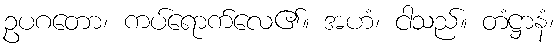
ဥပဂတော၊ ကပ်ရောက်လေ၏။ အဟံ၊ ငါသည်။ တံဋ္ဌာနံ၊